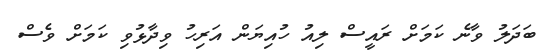
ބަދަލު ވާނެ ކަމަށް ރައީސް ލިއު ހުއިޔަން އަރިހު ވިދާޅުވި ކަމަށް ވެސް